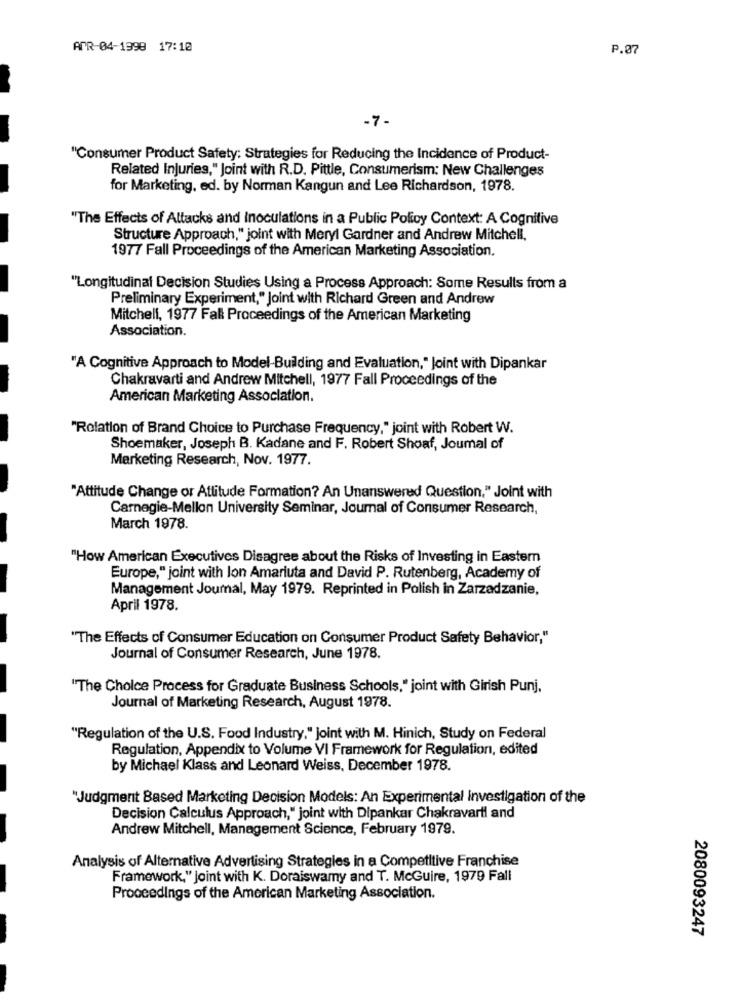
APR-04-1998 17:10
P.07
-7-
"Consumer Product Safety: Strategies for Reducing the Incidence of Product-
Related Injuries," Joint with R.D. Pittle, Consumerism: New Challenges
for Marketing, ed. by Norman Kangun and Lee Richardson, 1978.
"The Effects of Attacks and Inoculations in a Public Policy Context: A Cognitive
Structure Approach," joint with Meryl Gardner and Andrew Mitchell,
1977 Fall Proceedings of the American Marketing Association.
"Longitudinal Decision Studies Using a Process Approach: Some Results from a
Preliminary Experiment," Joint with Richard Green and Andrew
Mitchell, 1977 Fall Proceedings of the American Marketing
Association.
"A Cognitive Approach to Model-Building and Evaluation," Joint with Dipankar
Chakravarti and Andrew Mitchell, 1977 Fall Proceedings of the
American Marketing Association.
"Relation of Brand Choice to Purchase Frequency," joint with Robert W.
Shoemaker, Joseph B. Kadane and F. Robert Shoaf, Joumal of
Marketing Research, Nov. 1977.
"Attitude Change or Attitude Formation? An Unanswered Question," Joint with
Carnegie-Mellon University Seminar, Journal of Consumer Research,
March 1978.
"How American Executives Disagree about the Risks of Investing in Eastern
Europe," joint with lon Amariuta and David P. Rutenberg, Academy of
Management Journal, May 1979. Reprinted in Polish in Zarzadzanie,
April 1978.
"The Effects of Consumer Education on Consumer Product Safety Behavior,"
Journal of Consumer Research, June 1978.
"The Choice Process for Graduate Business Schools," joint with Girish Punj.
Journal of Marketing Research, August 1978.
"Regulation of the U.S. Food Industry." joint with M. Hinich, Study on Federal
Regulation, Appendix to Volume VI Framework for Regulation, edited
by Michael Klass and Leonard Weiss, December 1978.
"Judgment Based Marketing Decision Models: An Experimental Investigation of the
Decision Calculus Approach," joint with Dipankar Chakravarti and
Andrew Mitchell, Management Science, February 1979.
Analysis of Alternative Advertising Strategies in a Competitive Franchise
Framework," joint with K. Doraiswamy and T. McGuire, 1979 Fall
Proceedings of the American Marketing Association.
2080093247